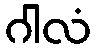
ဂါလံ